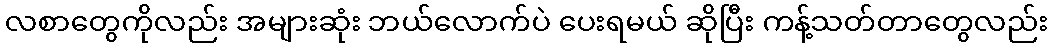
လစာတွေကိုလည်း အများဆုံး ဘယ်လောက်ပဲ ပေးရမယ် ဆိုပြီး ကန့်သတ်တာတွေလည်း